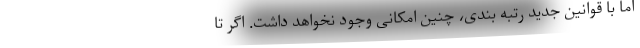
اما با قوانین جدید رتبه بندی، چنین امکانی وجود نخواهد داشت. اگر تا